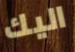
اليك